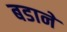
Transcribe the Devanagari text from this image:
बडाने